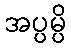
အပ္ပမ္ပိ